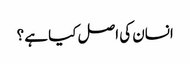
انسان کی اصل کیا ہے ؟